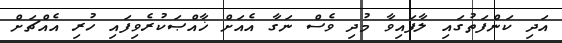
އަދި ކަންފަތުގައި ލާފައިވާ މުދި ވެސް ނަގާ އެއަށް ޚާއްޞަކުރެވިފައި ހުރި އެއްޗަށް